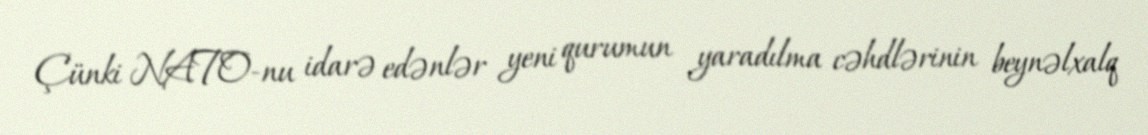
Çünki NATO-nu idarə edənlər yeni qurumun yaradılma cəhdlərinin beynəlxalq